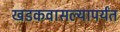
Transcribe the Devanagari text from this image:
खडकवासल्यापर्यंत